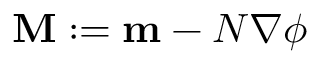
\mathbf { M } : = \mathbf { m } - N \nabla \phi